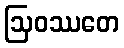
ဩဝဿတေ